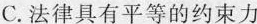
C.法律具有平等的约束力